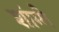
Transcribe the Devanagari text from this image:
शांग्गे